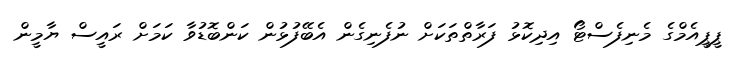
ޕީޕީއެމްގެ މެނިފެސްޓޯ އިދިކޮޅު ފަރާތްތަކަށް ނުފެނިގެން އެބޭފުޅުން ކަންބޮޑުވާ ކަމަށް ރައީސް ޔާމީން